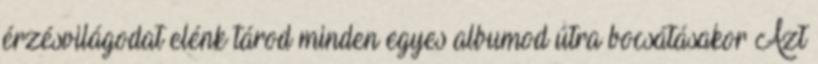
érzésvilágodat elénk tárod minden egyes albumod útra bocsátásakor Azt